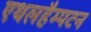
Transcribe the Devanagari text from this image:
एथलहैम्पटन